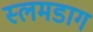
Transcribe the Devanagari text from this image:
स्लमडाग